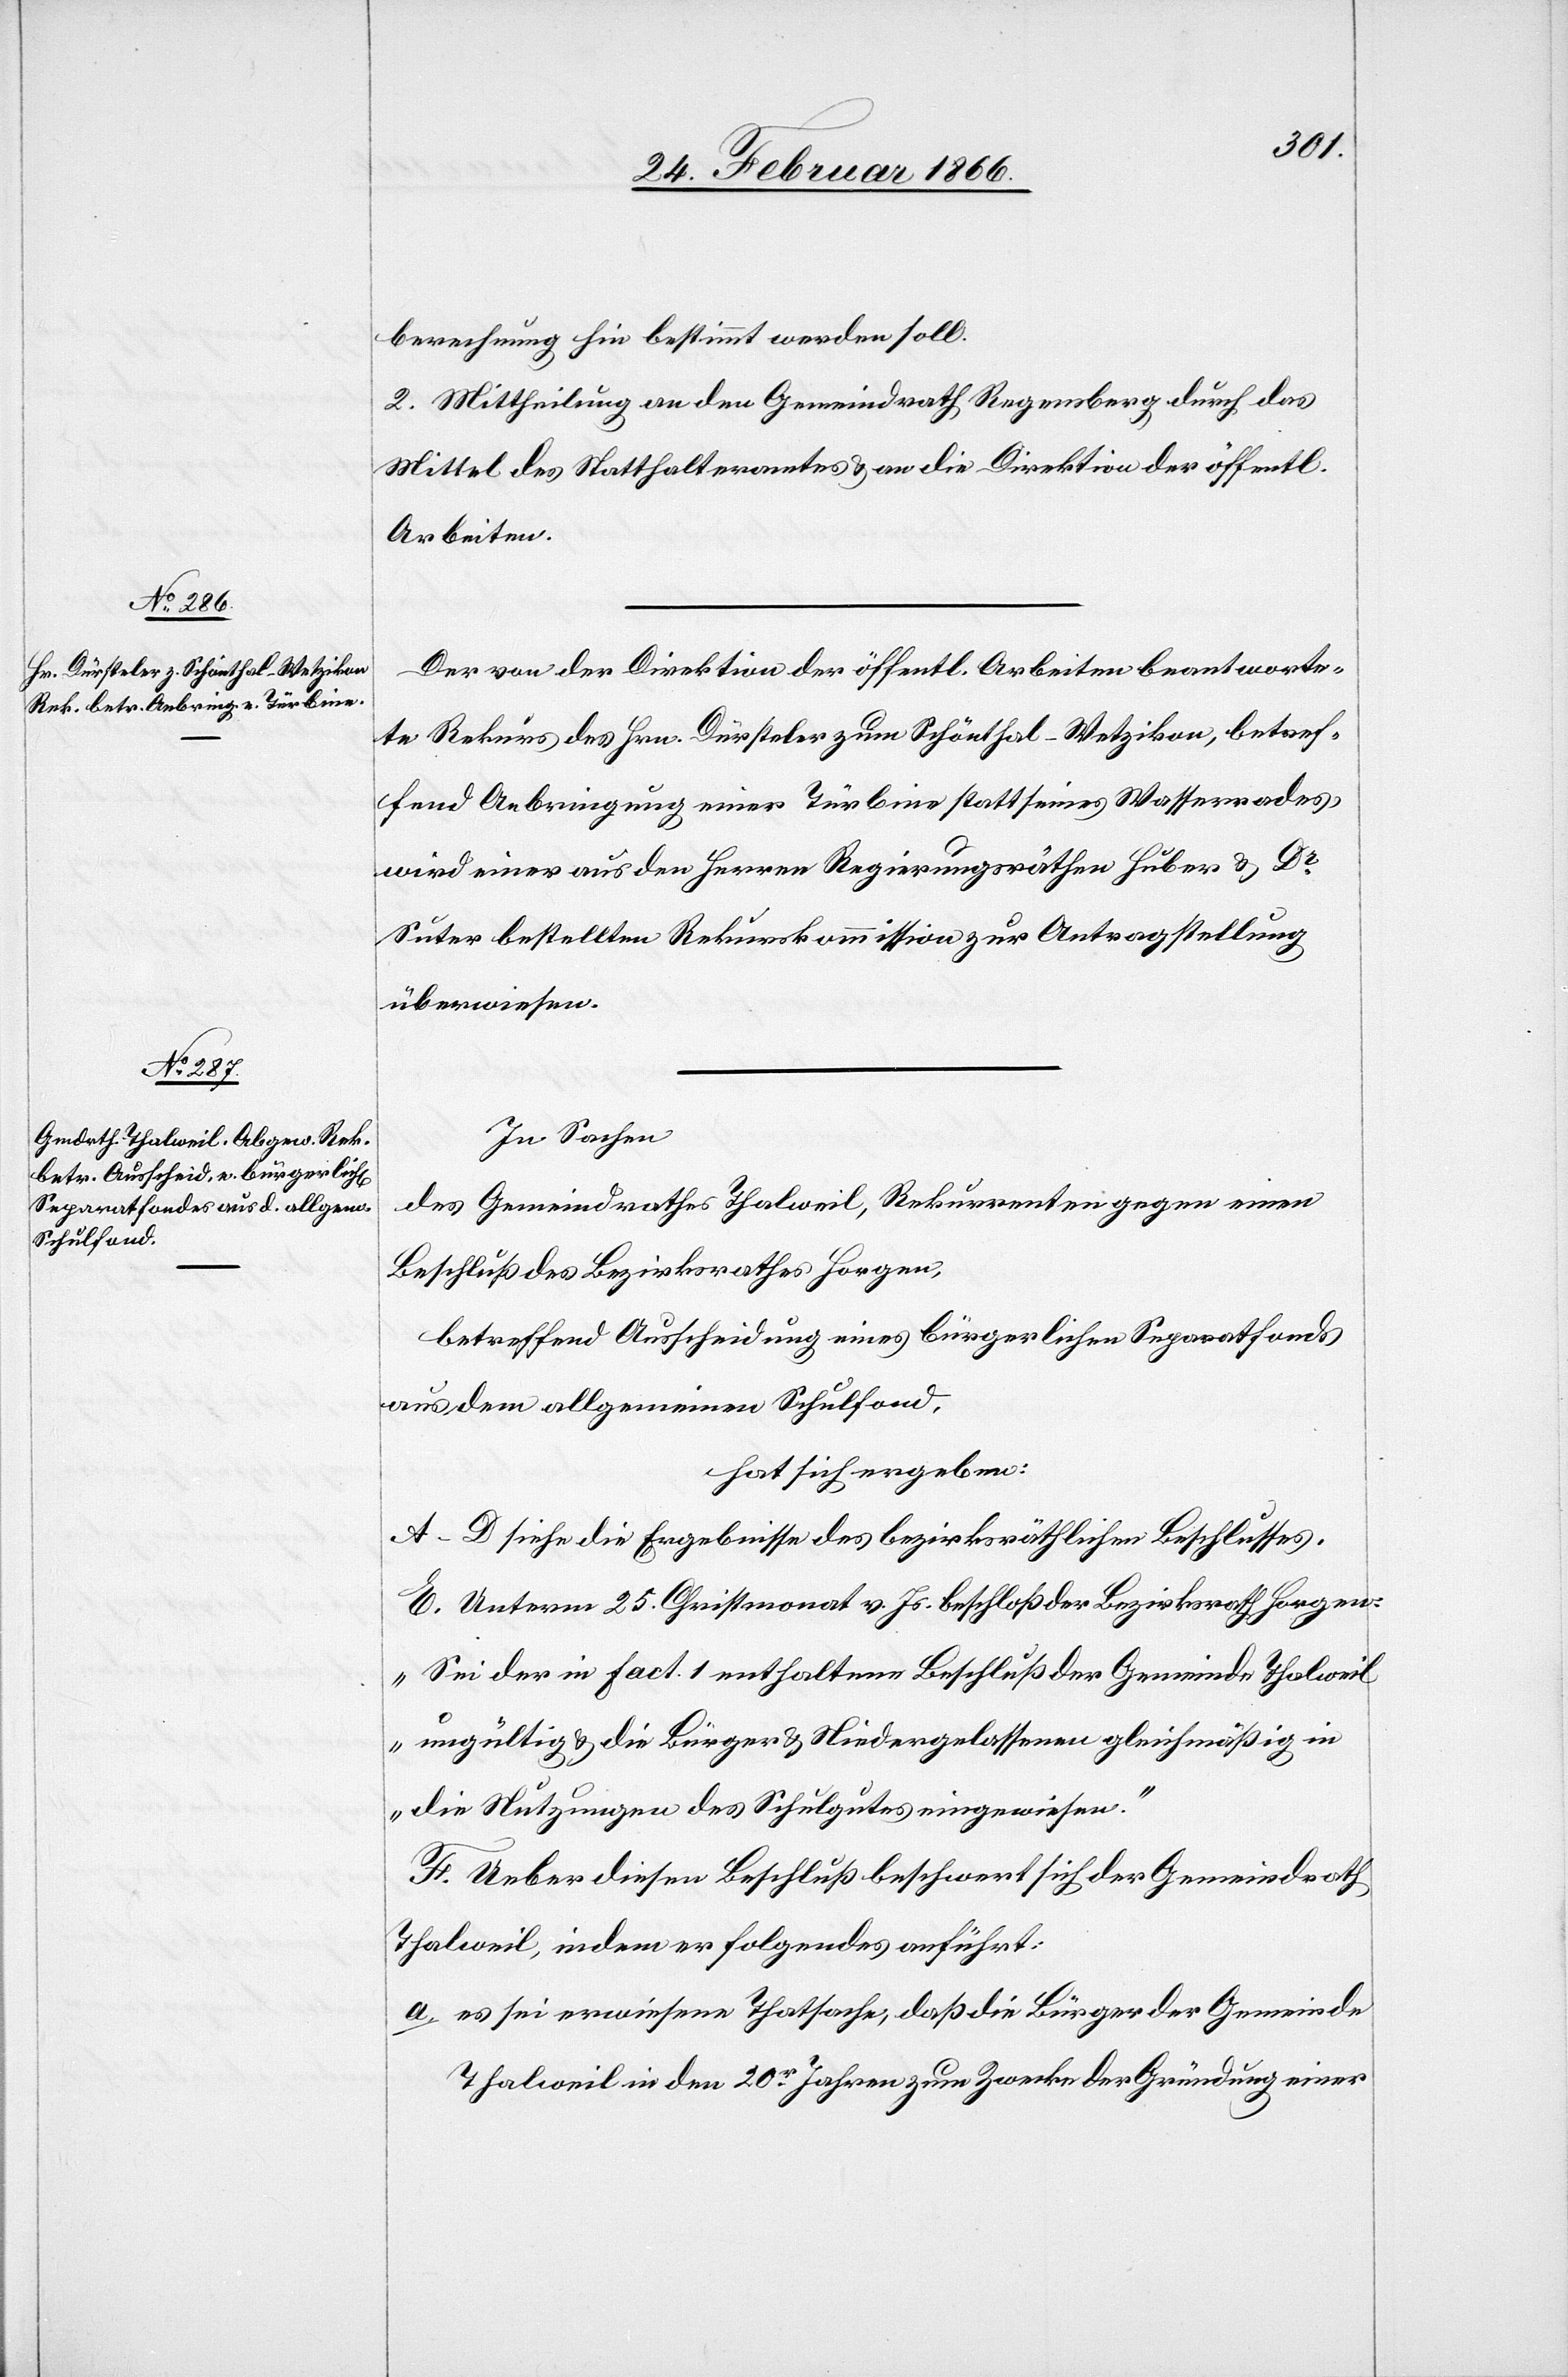
berechnung hin bestimmt werden soll.
2. Mittheilung an den Gemeindrath Regensberg durch das
Mittel des Statthalteramtes u. an die Direktion der öffentl.
Arbeiten.
Der von der Direktion der öffentl. Arbeiten beantworte¬
te Rekurs des Hrn. Dürsteler zum Schönthal - Wetzikon, betref¬
fend Anbringung einer Türbine statt seines Wasserrades,
wird einer aus den Herren Regierungsräthen Huber u. Dr.
Suter bestellten Rekurskommission zur Antragstellung
überwiesen.
In Sachen
des Gemeindrathes Thalweil, Rekurrenten gegen einen
Beschluß des Bezirksrathes Horgen:
betreffend Ausscheidung eines bürgerlichen Separatfonds
aus dem allgemeinen Schulfond,
hat sich ergeben:
A–D siehe die Ergebnisse des bezirksräthlichen Beschlusses.
E. Unterm 25. Christmonat v. Js. beschloß der Bezirksrath Horgen:
„Sei der in Fact. 1 enthaltene Beschluß der Gemeinde Thalweil
ungültig u. die Bürger u. Niedergelassenen gleichmäßig in
die Nutzungen des Schulgutes eingewiesen.“
F. Ueber diesen Beschluß beschwert sich der Gemeindrath
Thalweil, indem er folgendes anführt:
a. es sei erwiesene Thatsache, daß die Bürger der Gemeinde
Thalweil in den 20r. Jahren zum Zwecke der Gründung einer